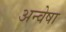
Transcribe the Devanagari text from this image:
अन्वेषा